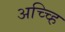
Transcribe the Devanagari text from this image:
अच्च्हि